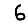
Digit: 6